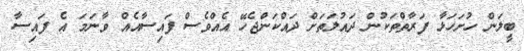
ބީލަން ހުށަހަޅާ ފަރާތްތަކުން ދައުލަތަށް ދައްކަންޖެހޭ އެއްވެސް ފައިސާއެއް ވާނަމަ އެ ފައިސާ